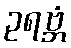
ဥရဗ္ဘံ